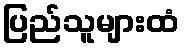
ပြည်သူများထံ